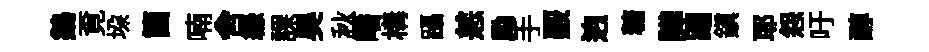
鷁覔垜箇喃舍緣課昊秋皤構躡恙勵手覈逈糖譁蹋鎭耶怨吁醇